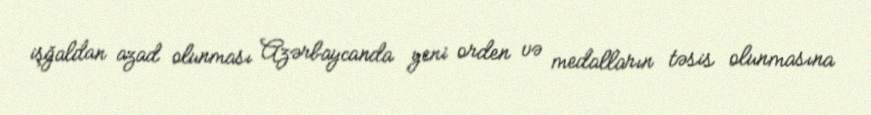
işğaldan azad olunması Azərbaycanda yeni orden və medalların təsis olunmasına